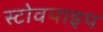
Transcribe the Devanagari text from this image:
स्टोवपाइप